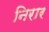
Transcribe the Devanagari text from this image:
निरार